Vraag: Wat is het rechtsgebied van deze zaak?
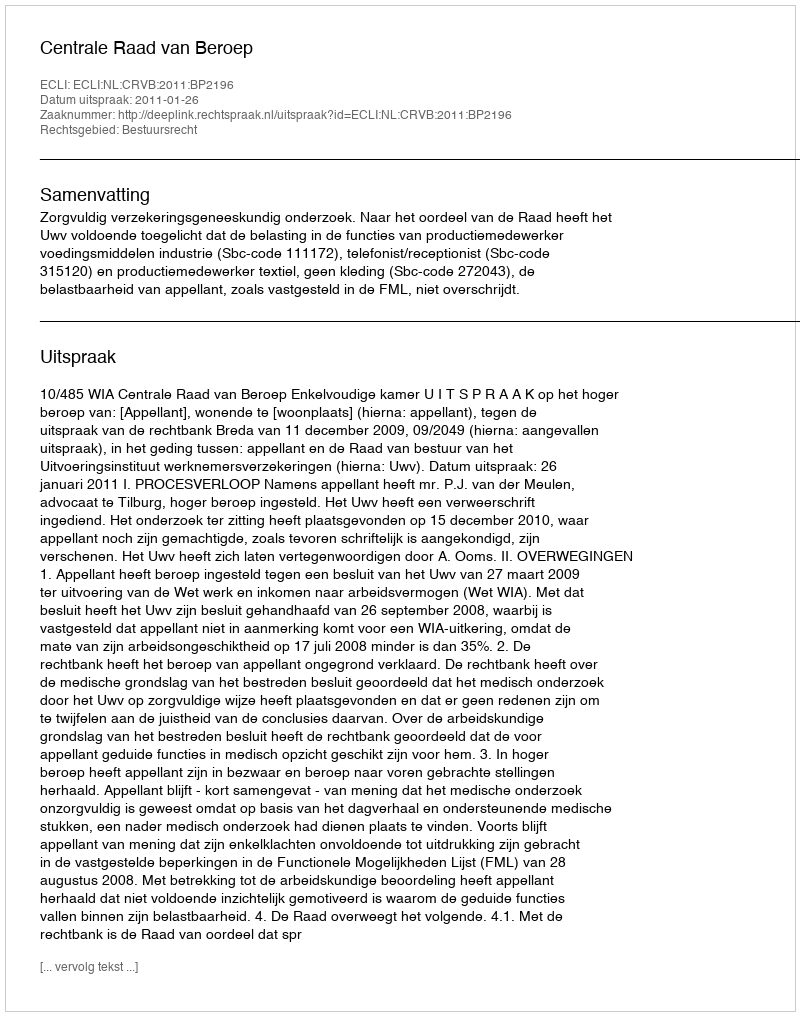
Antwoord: Bestuursrecht